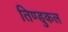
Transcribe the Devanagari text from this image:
तिण्डुकल